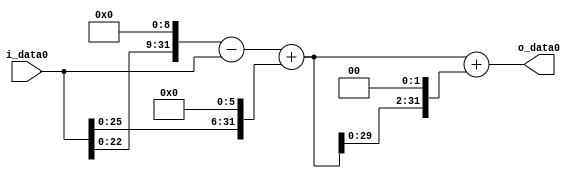
module multiplier_block_65 (
    i_data0,
    o_data0
);
  input   [31:0] i_data0;
  output  [31:0]
    o_data0;
  wire [31:0]
    w1,
    w512,
    w511,
    w64,
    w575,
    w2300,
    w2875;
  assign w1 = i_data0;
  assign w2300 = w575 << 2;
  assign w2875 = w575 + w2300;
  assign w511 = w512 - w1;
  assign w512 = w1 << 9;
  assign w575 = w511 + w64;
  assign w64 = w1 << 6;
  assign o_data0 = w2875;
endmodule